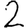
Digit: 2